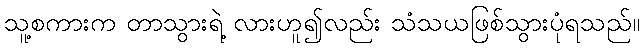
သူ့စကားက တာသွားရဲ့ လားဟူ၍လည်း သံသယဖြစ်သွားပုံရသည်။